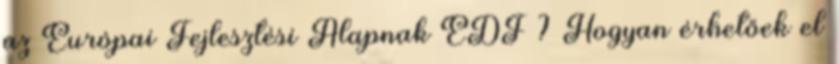
az Európai Fejlesztési Alapnak EDF ? Hogyan érhetőek el